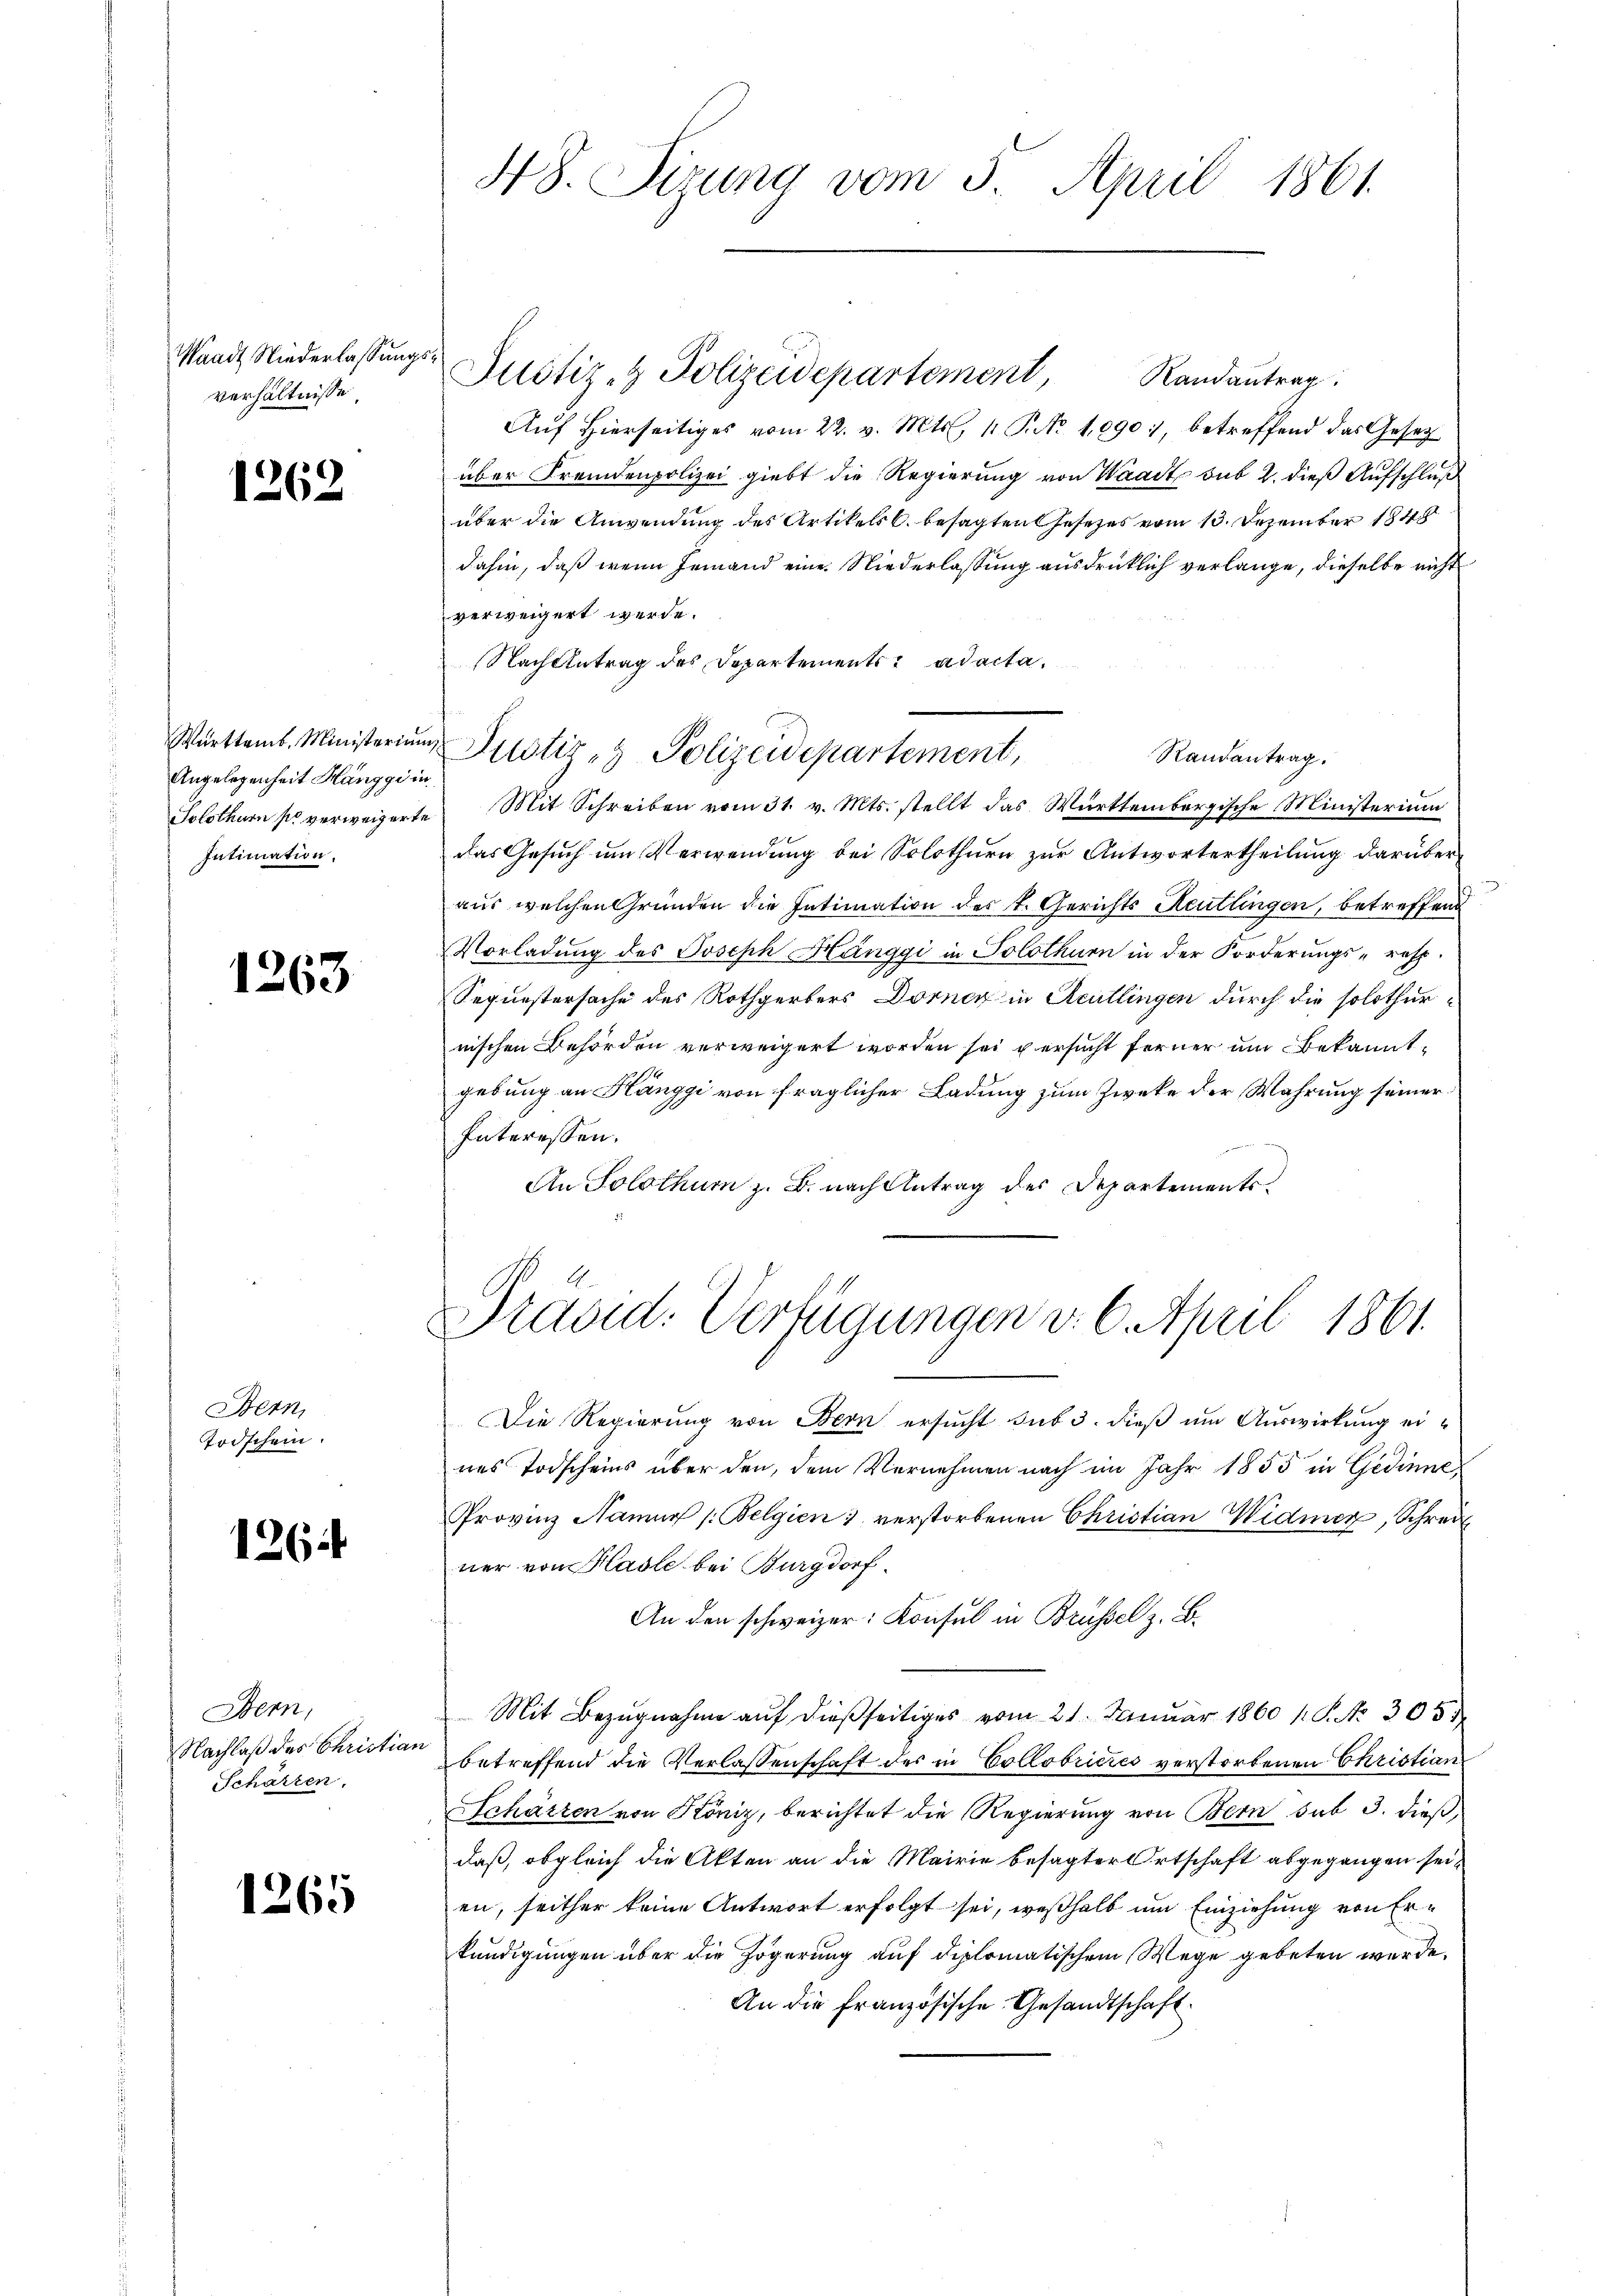
Waadt Niederlassungs
verhältnisse

1262

Württemb. Ministerium,
Angelegenheit Hänggi in
Intimation.

1263

Bern
Todschein.

126

Bern,
Nachlaß des Christian
Scharten.

1265

48. Sirung vom 5. April 1861.

Aŭf Hierseitiges vom 22. v. Mts. 1 P. No 1090), betreffend das Gesetz
über Fremdenpolizei giebt die Regierung von Waadt sub 2. dieß Aufschluß
über die Anwendung des Artikels C. besagten Gesetzes vom 13. Dezember 1848
dahin, daß wenn Jemand eine Niederlassung ausdrücklich verlange, dieselbe nicht
verweigert werde.
Nachtbetrag des Departements ad acta.
Randantrag.
Solothurn so verweigerte Mit Schreiben vom 31. v. Mts. stellt das Württembergische Ministerium
das Gesuch um Verwendung bei Solothurn zur Antwortertheilung darüber
aus welchen Gründen die Intimation des k. Gerichts Reutlingen, betreffend
Vorladung des Joseph Hönggi in Solothurn in der Forderungs- resp.
Sequestersache des Rothgerbers Dorner in Reutlingen durch die solothurnischen Behörden verweigert worden sei u ersucht ferner um Bekanntgebung an Hänggi von fraglicher Ladung zum Zwecke der Wahrung seiner
Interessen.
An Solothum z. B. nach Antrag des Departements¬
Praad: Verfügungen d. 6. April 1861.
Die Regierung von Bern ersucht sub 3. dieß um Auswirkung eines Todscheins über den, dem Vernehmen nach im Jahr 1855 in Gedinne
Provinz Name Belgien verstorbenen Christian Widmer, Schrei
ner von Hasle bei Burgdorf.
An den schweizer: Konsul in Brüssel z. B.
Mit Bezŭgnahme aŭf dießseitiges vom 21. Januar 1860 / S. Nr. 305)
betreffend die Verlassenschaft des in Collobricies verstorbenen Christian
Schärten von Köniz, berichtet die Regierung von Bern sub 3. dieß,
daß, obgleich die Akten an die Mairie besagter Ortschaft abgegangen sei,
en, seither keine Antwort erfolgt sei, weßhalb um Einziehung von Erkündigungen über die Zögerung auf diplomatischem Wege gebeten werde.
An die französische Gesandtschaft.

& Justiz- & Polizeidepartement,

Justiz- & Polizeidepartement, Randantrag